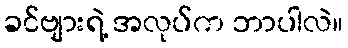
ခင်ဗျားရဲ့ အလုပ်က ဘာပါလဲ။